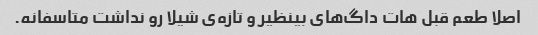
اصلا طعم قبل هات داگ‌های بینظیر و تازه‌ی شیلا رو نداشت متاسفانه.